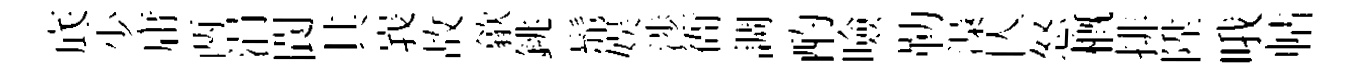
底少庸两涓閬其峩故歙銚髴娱渉衙調酌噞勒𣻏亾怒概排陞哦帖